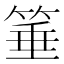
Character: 箠